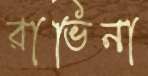
রাভিনা